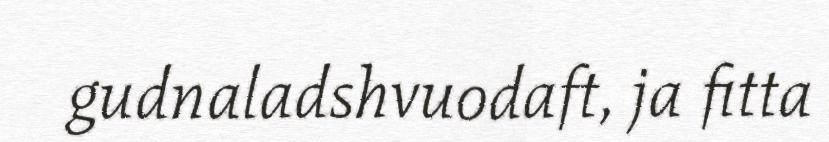
gudnaladshvuodaft, ja fitta